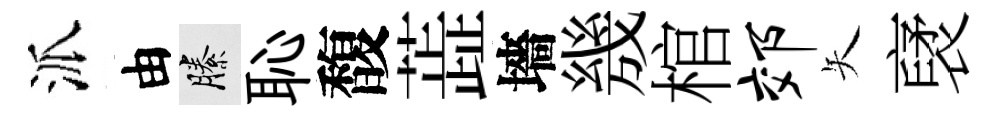
派由縢恥馥蕋墻㡬棺郊矢裦